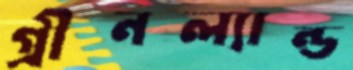
গ্রীনল্যান্ড